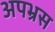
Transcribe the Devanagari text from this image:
अपभ्रस